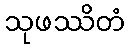
သုဖဿိတံ